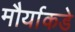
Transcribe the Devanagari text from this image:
मौर्याकडे